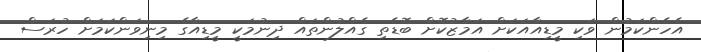
އެހެންކަމުން ވަކި މީޑިއާއަކަށް އަމާޒުކޮށް ބޮޑެތި ގެއްލުންތައް ދިނުމަކީ މީޑިއާގެ މިނިވަންކަމަށް ހުރަސް